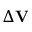
\Delta { \bf V }